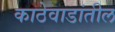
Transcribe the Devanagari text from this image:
काठेवाडांतील